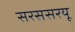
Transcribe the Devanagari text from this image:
सरससरयू